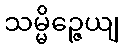
သမ္မိဉ္ဇေယျ